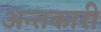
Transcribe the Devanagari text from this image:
अन्तकारी